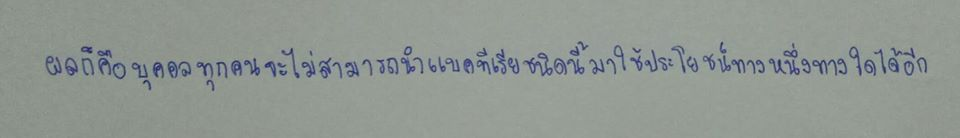
ผลก็คือบุคคลทุกคนจะไม่สามารถนำแบคทีเรียชนิดนี้มาใช้ประโยชน์ในทางหนึ่งทางใดได้อีก